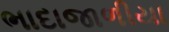
ભાદાજાળીયા